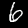
Label: 6